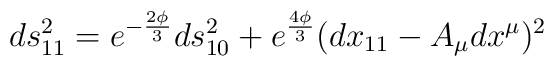
ds^2_{11} = e^{-{2\phi\over 3}} ds^2_{10}+e^{4\phi\over 3}(dx_{11}-A_\mu dx^\mu)^2